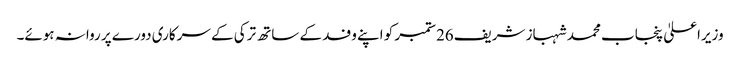
وزیراعلیٰ پنجاب محمد شہباز شریف26ستمبر کو اپنے وفد کے ساتھ ترکی کے سرکاری دورے پر روانہ ہوئے۔